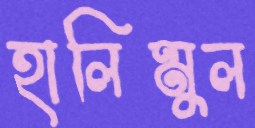
হালিমুল